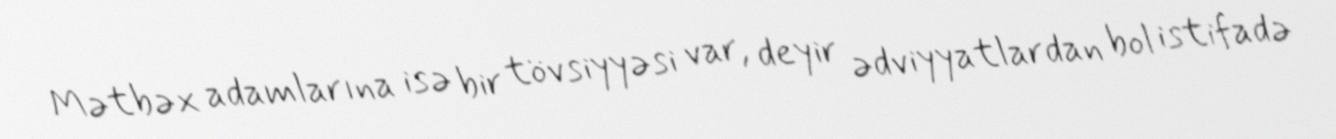
Mətbəx adamlarına isə bir tövsiyyəsi var, deyir ədviyyatlardan bol istifadə